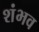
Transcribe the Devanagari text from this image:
शंभव